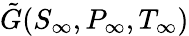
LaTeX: \tilde{G}(S_{\infty},P_{\infty},T_{\infty})